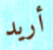
أريد